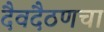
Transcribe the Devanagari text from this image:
दैवदैठणचा